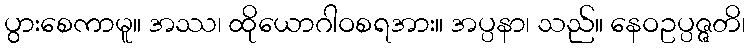
ပွားစေကာမူ။ အဿ၊ ထိုယောဂါဝစရအား။ အပ္ပနာ၊ သည်။ နေဝဥပ္ပဇ္ဇတိ၊